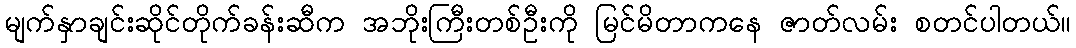
မျက်နှာချင်းဆိုင်တိုက်ခန်းဆီက အဘိုးကြီးတစ်ဦးကို မြင်မိတာကနေ ဇာတ်လမ်း စတင်ပါတယ်။